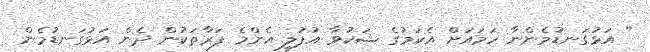
" އަޅުގަނޑުމެންނާ ހަމައަށް އެކަމުގެ ޝަކުވާ އުފުލީ އެންމެ ފަރާތަކުން ދެން އަޅުގަނޑުމެން